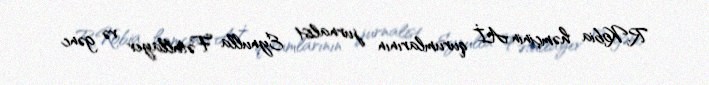
R.Kobia həmçinin Aİ qurumlarının jurnalist Eynulla Fətullayev və gənc